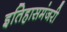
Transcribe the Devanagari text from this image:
इतिहासमंजरी